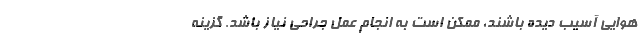
هوایی آسیب دیده باشند، ممکن است به انجام عمل جراحی نیاز باشد. گزینه